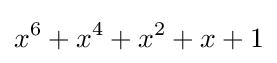
x^{6}+x^{4}+x^{2}+x+1